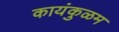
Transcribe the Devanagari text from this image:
कायंकुळम